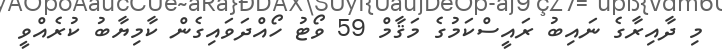
މި ދާއިރާގެ ނައިބު ރައީސްކަމުގެ މަޤާމް 59 ވޯޓު ހޯއްދަވައިގެން ކާމިޔާބު ކުރެއްވީ